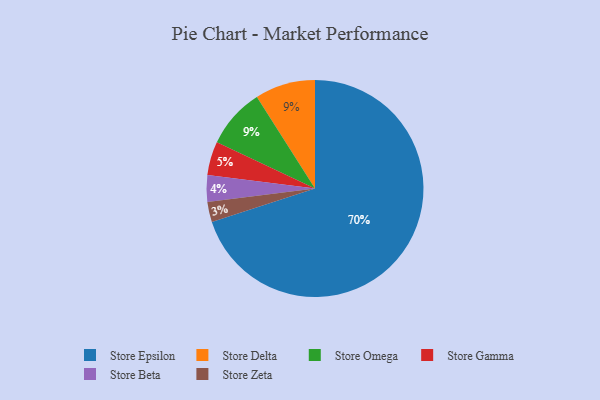
{"axis": {"x": "Category", "y": "Percentage"}, "legend": ["Store Beta", "Store Delta", "Store Epsilon", "Store Gamma", "Store Omega", "Store Zeta"], "data": [{"x": "Store Gamma", "y": 5, "type": "Store Gamma"}, {"x": "Store Epsilon", "y": 70, "type": "Store Epsilon"}, {"x": "Store Delta", "y": 9, "type": "Store Delta"}, {"x": "Store Omega", "y": 9, "type": "Store Omega"}, {"x": "Store Zeta", "y": 3, "type": "Store Zeta"}, {"x": "Store Beta", "y": 4, "type": "Store Beta"}]}